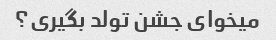
میخوای جشن تولد بگیری؟